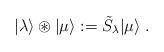
LaTeX: \begin{align*}|\lambda \rangle \circledast |\mu \rangle :=\tilde{S}_{\lambda }|\mu \rangle\;. \end{align*}